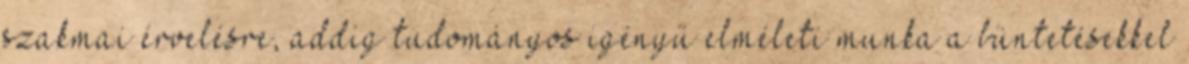
szakmai érvelésre, addig tudományos igényű elméleti munka a büntetésekkel